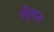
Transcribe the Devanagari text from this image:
चेतुमल